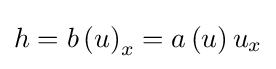
h={b\left(u\right)}_{x}=a\left(u\right)u_{x}